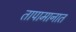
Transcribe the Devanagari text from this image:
तापामानात